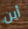
أين